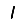
Digit: 1